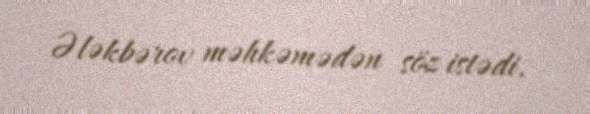
Ələkbərov məhkəmədən söz istədi.